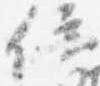
位